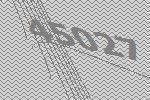
45027